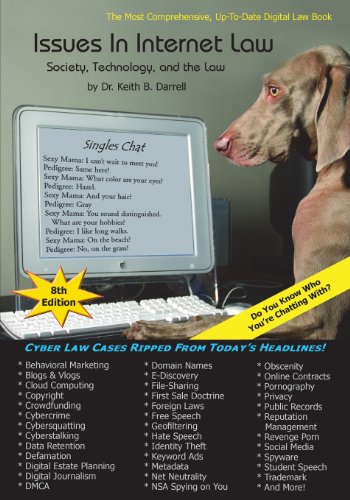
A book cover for Issues in Internet Law: Society, Technology, and the Law, 8th Edition; Keith B. Darrell; Computers & Technology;